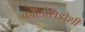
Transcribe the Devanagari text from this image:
कॉलोराडोशी